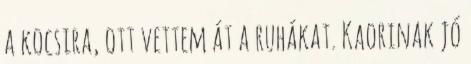
a kocsira, ott vettem át a ruhákat. Kaorinak jó